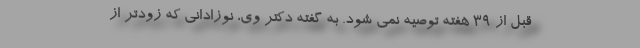
قبل از ۳۹ هفته توصیه نمی شود. به گفته دکتر وی، نوزادانی که زودتر از